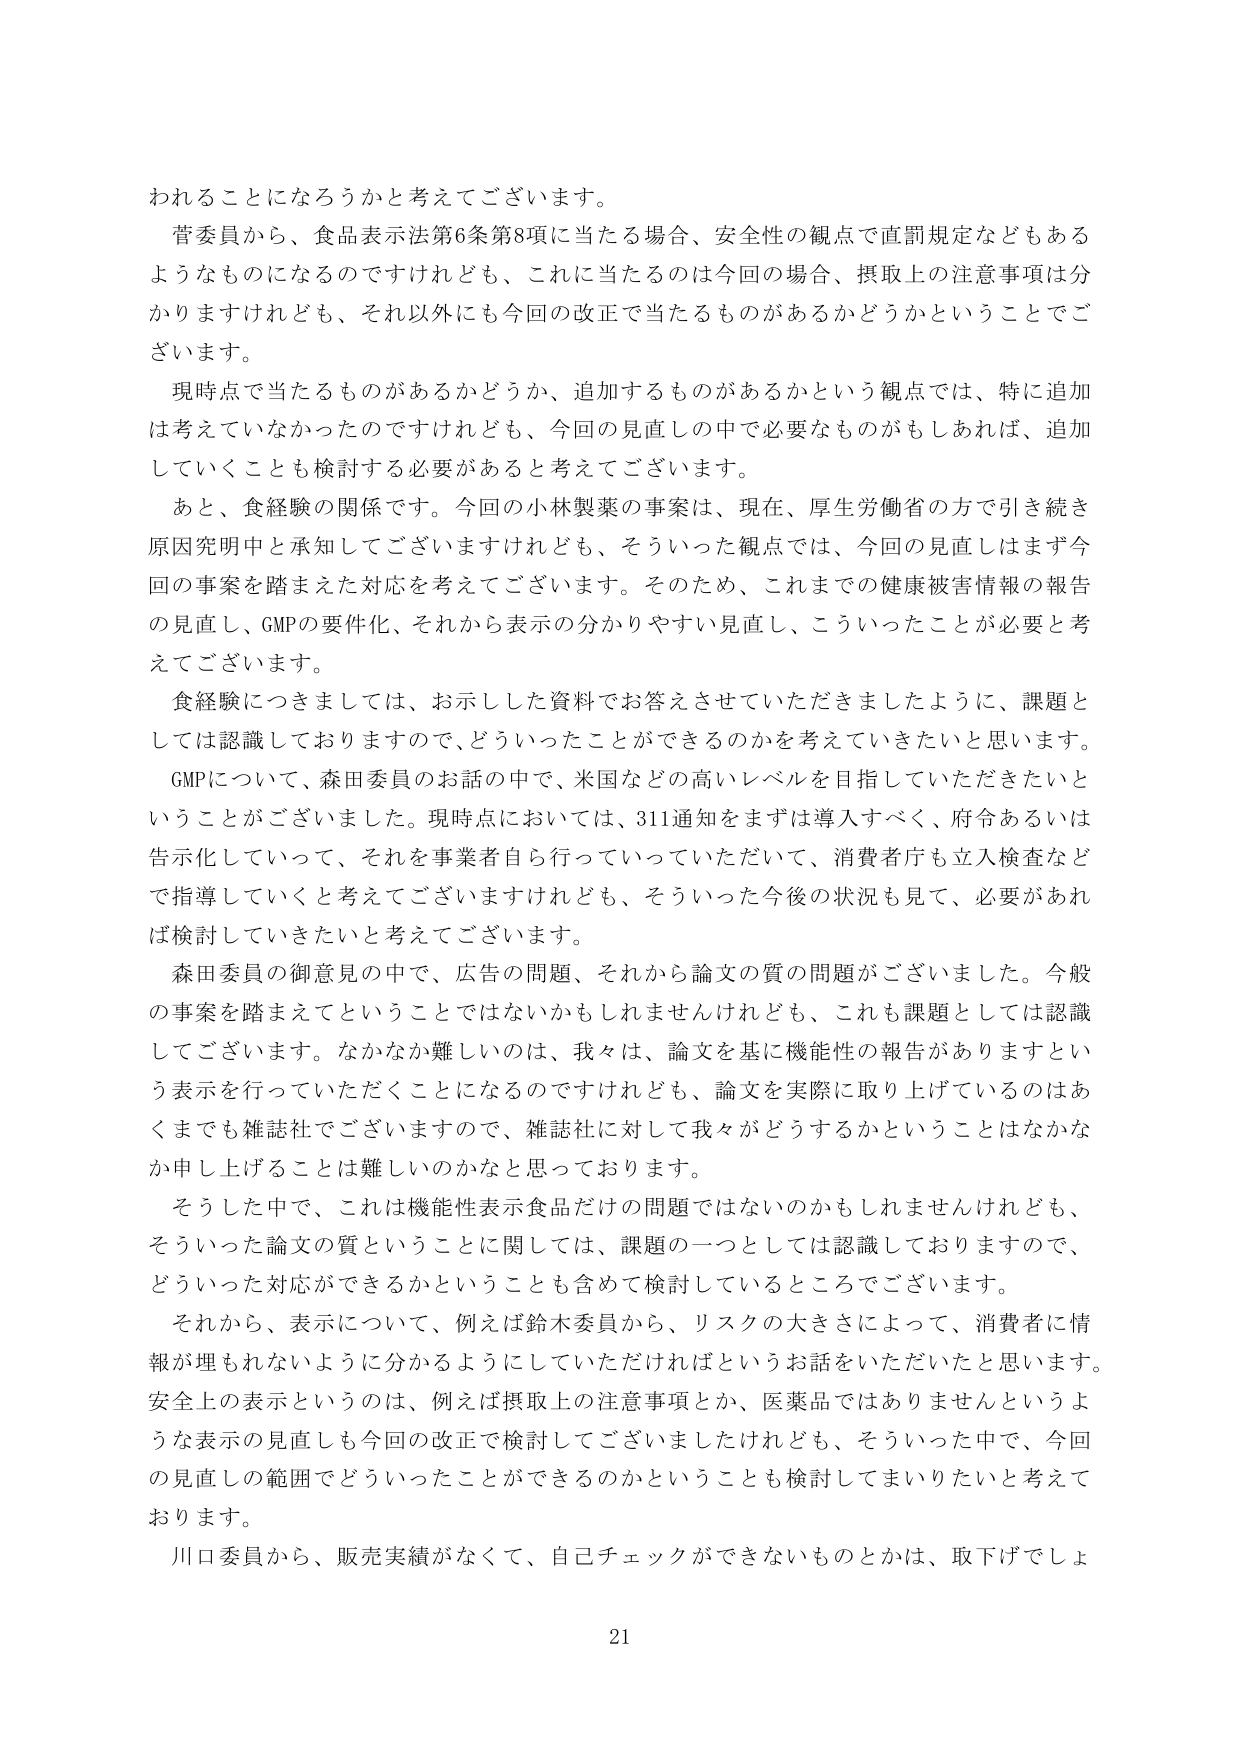
われることになろうかと考えてございます。

菅委員から、食品表示法第6条第8項に当たる場合、安全性の観点で直罰規定などもあるようなものになるのですけれども、これに当たるのは今回の場合、摂取上の注意事項は分かりますけれども、それ以外にも今回の改正で当たるものがあるかどうかということでございます。

現時点で当たるものがあるかどうか、追加するものがあるかという観点では、特に追加は考えていないなかったのですけれども、今回の見直しの中で必要なものもあれば、追加していくことも検討する必要があると考えてございます。

あと、食経験の関係です。今回の小林製薬の事案は、現在、厚生労働省の方で引き続き原因究明中と承知してございますけれども、そういった観点では、今回の見直しはまず今回の事案を踏まえた対応を考えてございます。そのため、これまでの健康被害情報の報告の見直し、GMPの要件化、それから表示の分かりやすい見直し、こういったことが必要と考えてございます。

食経験につきましては、お示しした資料でお答えさせていただきましたように、課題としては認識しておりますので、どういったことができるのかを考えてきたいと思います。

GMPについて、森田委員のお話の中で、米国などの高いレベルを目指していただきたいということがございました。現時点においては、311通知をまずは導入すべく、府令あるいは告示化していって、それを事業者自ら行っていっていただいて、消費者庁も立入検査などで指導していくと考えてございますけれども、そういった今後の状況も見て、必要があれば検討していきたいと考えてございます。

森田委員の御意見の中で、広告の問題、それから論文の質の問題がございました。今般の事案を踏まえてということではないかもしれませんが、これも課題としては認識してございます。なかなか難しいのは、我々は、論文を基に機能性の報告がありますという表示を行っていただくことになるのですけれども、論文を実際に取り上げているのはあくまでも雑誌社でございますので、雑誌社に対して我々がどうするかということはなかなか申し上げることは難しいのかなと思っております。

そうした中で、これは機能性表示食品だけの問題ではないのかもしれませんが、そういった論文の質ということに関しては、課題の一つとしては認識しておりますので、どういった対応ができるかということも含めて検討しているところでございます。

それから、表示について、例えば鈴木委員から、リスクの大きさによって、消費者に情報が埋もれないように分かるようにしていただければというお話をいただいたと思います。安全上の表示というのは、例えば摂取上の注意事項とか、医薬品ではありませんというような表示の見直しも今回の改正で検討してございましたけれども、そういった中で、今回の見直しの範囲でどういったことができるのかということも検討してまいりたいと考えております。

川口委員から、販売実績がなくて、自己チェックができないものとかは、取下げでしょ

21